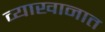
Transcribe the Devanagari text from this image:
व्याखानात